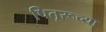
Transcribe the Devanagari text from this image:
पितृरूच्या